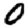
Digit: 0